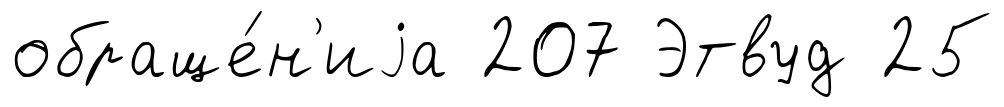
обраще́н'иjа 207 Этвуд 25